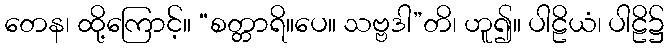
တေန၊ ထို့ကြောင့်။ “စတ္တာရိ။ပေ။ သဗ္ဗဒါ”တိ၊ ဟူ၍။ ပါဠိယံ၊ ပါဠိ၌